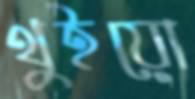
থুইয়ো